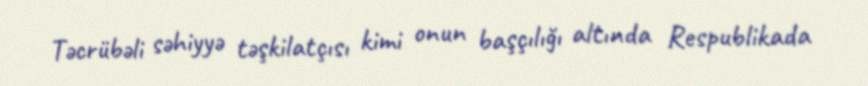
Təcrübəli səhiyyə təşkilatçısı kimi onun başçılığı altında Respublikada